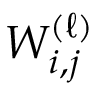
{ W } _ { i , j } ^ { ( \ell ) }